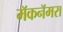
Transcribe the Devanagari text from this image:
मॅकनॅमरा